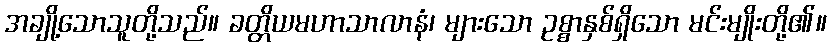
အချို့သောသူတို့သည်။ ခတ္တိယမဟာသာလာနံ၊ များသော ဥစ္စာနှစ်ရှိသော မင်းမျိုးတို့၏။